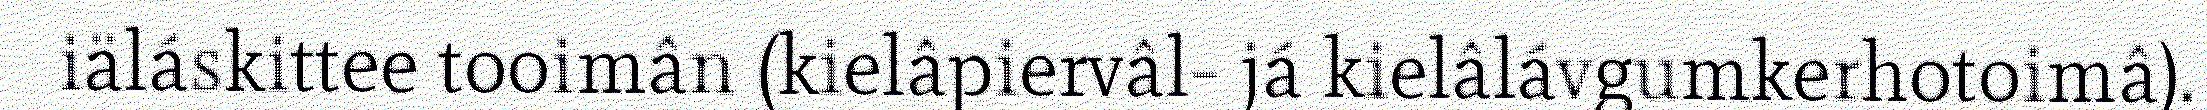
iäláskittee tooimân (kielâpiervâl- já kielâlávgumkerhotoimâ).